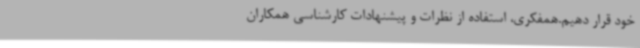
خود قرار دهیم.همفکری، استفاده از نظرات و پیشنهادات کارشناسی همکاران